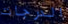
الدرجات